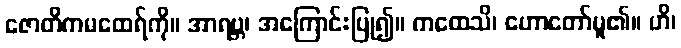
ဇောတိကမထေရ်ကို။ အာရဗ္ဘ၊ အကြောင်းပြု၍။ ကထေသိ၊ ဟောတော်မူ၏။ ဟိ၊